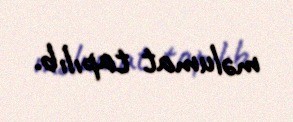
məlumat tapılıb.